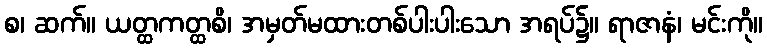
စ၊ ဆက်။ ယတ္ထကတ္ထစိ၊ အမှတ်မထားတစ်ပါးပါးသော အရပ်၌။ ရာဇာနံ၊ မင်းကို။